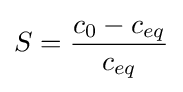
S={\frac {c_{0}-c_{eq}}{c_{eq}}}